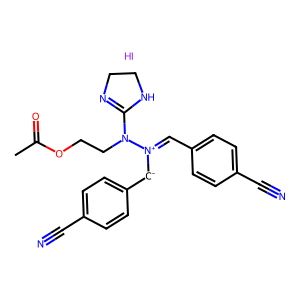
SMILES: CC(=O)OCCN(C1=NCCN1)[N+](=Cc1ccc(C#N)cc1)[CH-]c1ccc(C#N)cc1.I
Inhibits HIV replication: No